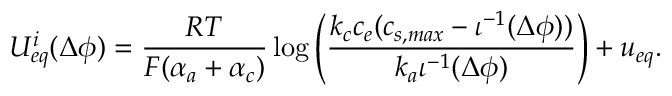
{ U _ { e q } ^ { i } } ( \Delta \phi ) = \frac { R T } { F ( \alpha _ { a } + \alpha _ { c } ) } \log \left( \frac { k _ { c } c _ { e } ( c _ { s , m a x } - \iota ^ { - 1 } ( \Delta \phi ) ) } { k _ { a } \iota ^ { - 1 } ( \Delta \phi ) } \right) + u _ { e q } .